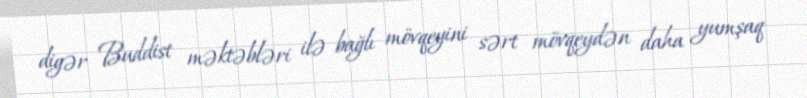
digər Buddist məktəbləri ilə bağlı mövqeyini sərt mövqeydən daha yumşaq